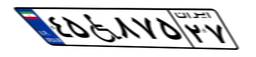
۱۹W۰۶۶۷۸